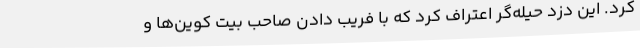
کرد. این دزد حیله‌گر اعتراف کرد که با فریب دادن صاحب بیت کوین‌ها و